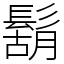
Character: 鬍